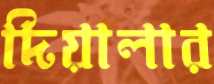
দিয়ালার